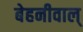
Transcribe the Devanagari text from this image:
बेहनीवाल्